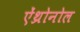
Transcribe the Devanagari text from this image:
ऐंथ्रोनोल